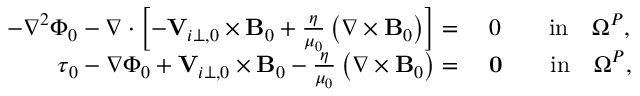
\begin{array} { r l } { - \nabla ^ { 2 } \Phi _ { 0 } - \nabla \cdot \left[ - { \mathbf V } _ { i \perp , 0 } \times { \mathbf B _ { 0 } } + \frac { \eta } { \mu _ { 0 } } \left( \nabla \times { \mathbf B _ { 0 } } \right) \right] = } & { ~ 0 \qquad \mathrm { i n } \quad \Omega ^ { P } , } \\ { \boldsymbol { \tau } _ { 0 } - \nabla \Phi _ { 0 } + { \mathbf V } _ { i \perp , 0 } \times { \mathbf B _ { 0 } } - \frac { \eta } { \mu _ { 0 } } \left( \nabla \times { \mathbf B _ { 0 } } \right) = } & { ~ \mathbf { 0 } \qquad \mathrm { i n } \quad \Omega ^ { P } , } \end{array}